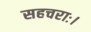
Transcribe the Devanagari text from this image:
सहचराः।